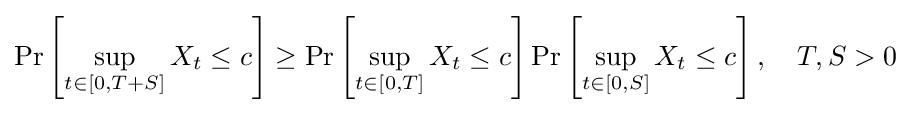
\Pr \left[\sup _{t\in [0,T+S]}X_{t}\leq c\right]\geq \Pr \left[\sup _{t\in [0,T]}X_{t}\leq c\right]\Pr \left[\sup _{t\in [0,S]}X_{t}\leq c\right],\quad T,S>0